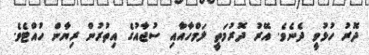
ދޮރު ހުޅުވީ ދެނެވެ. އޭރު ދޮރުމަތީ ލަމްހާއާއި ސުޖާއުގެ އިތުރުން ރިޔާން ހުއްޓެވެ.